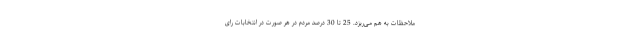
ملاحظات به هم می‌ریزد. 25 تا 30 درصد مردم در هر صورت در انتخابات رای